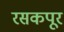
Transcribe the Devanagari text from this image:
रसकपूर